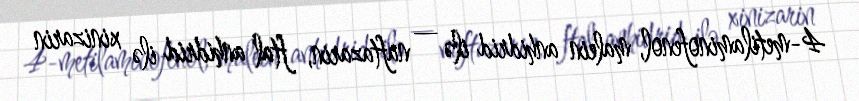
4-metilaminofenol, malein anhidrid ilə — naftazarin, ftal anhidrid ilə xinizarin